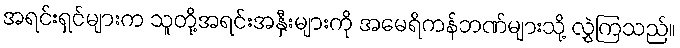
အရင်းရှင်များက သူတို့အရင်းအနှီးများကို အမေရိကန်ဘဏ်များသို့ လွှဲကြသည်။